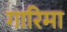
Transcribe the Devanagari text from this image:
गारिमा